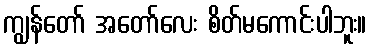
ကျွန်တော် အတော်လေး စိတ်မကောင်းပါဘူး။